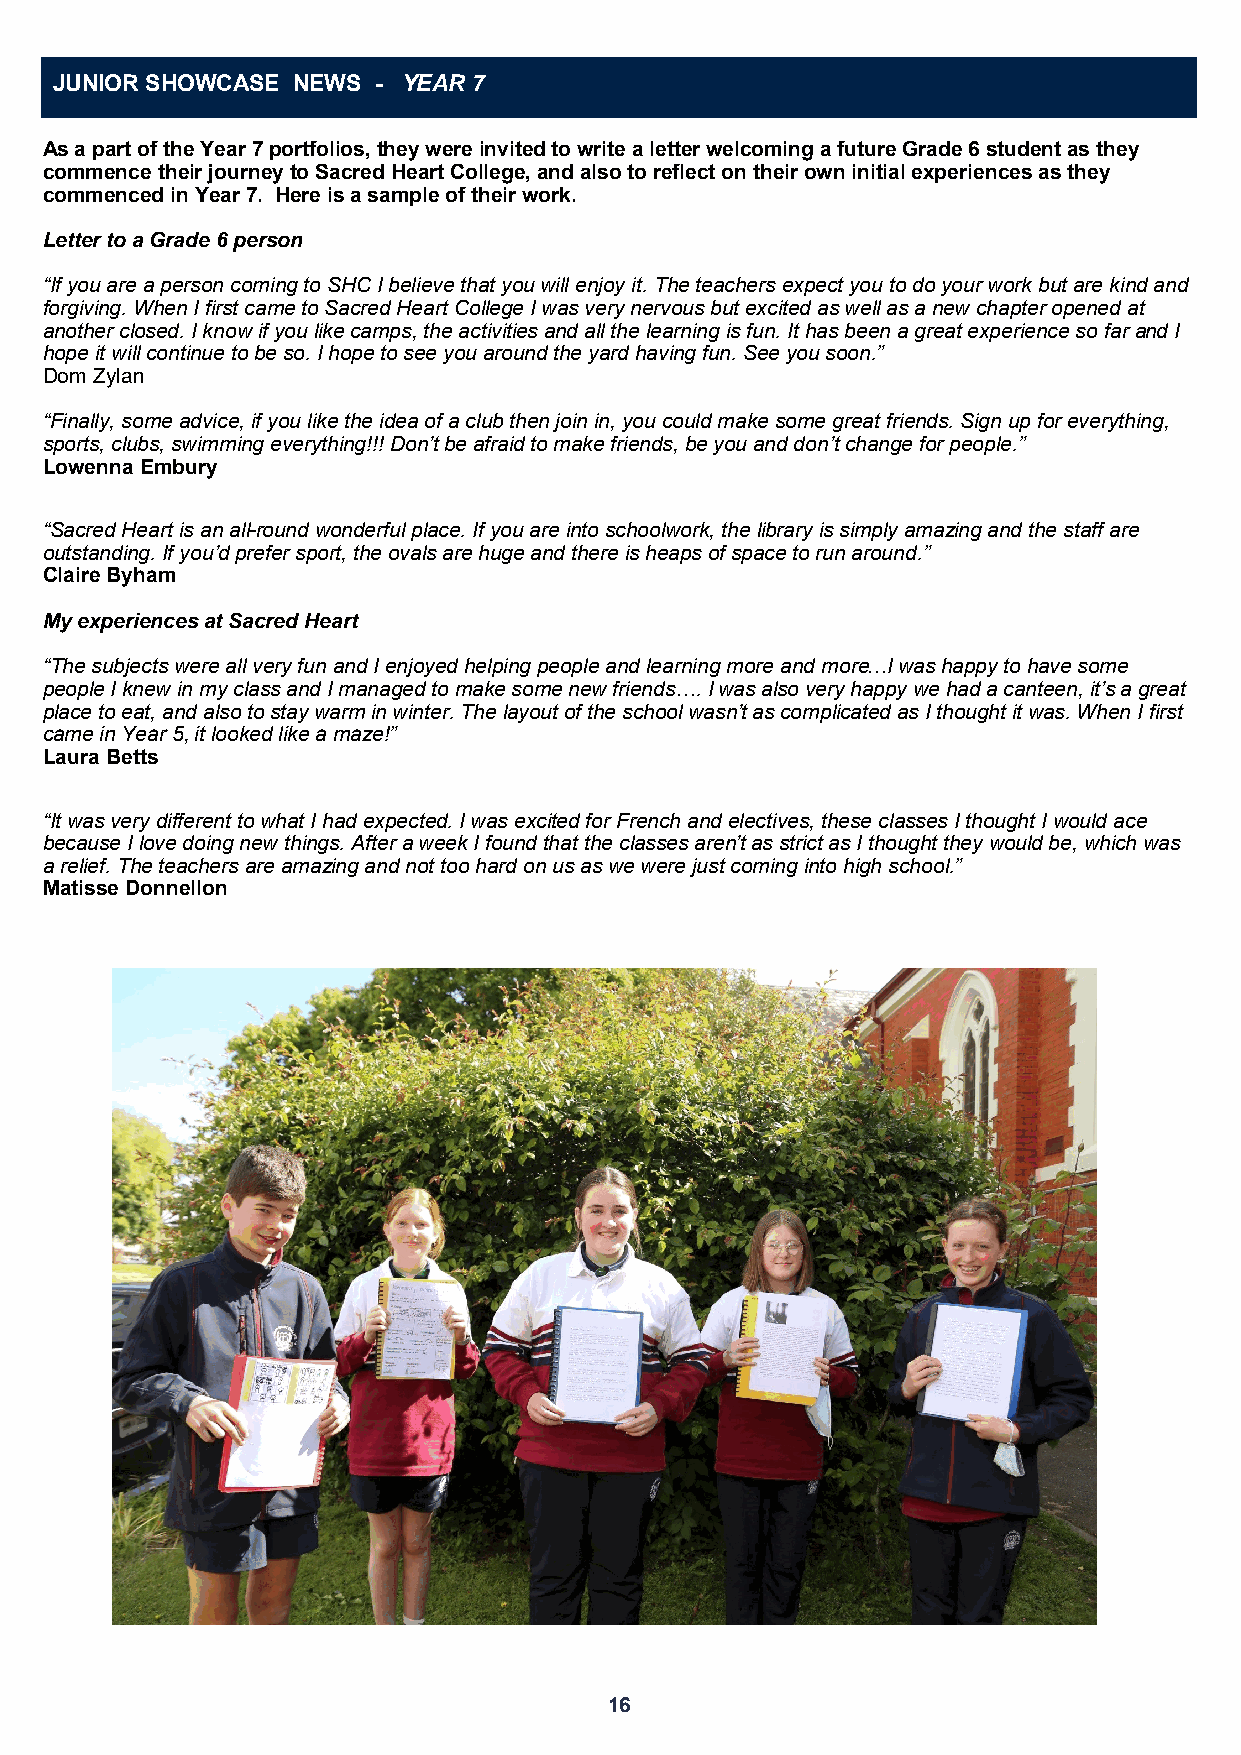
JUNIOR SHOWCASE NEWS  - YEAR 7
 As a part of the Year 7 portfolios, they were invited to write a letter welcoming a future Grade 6 student as they
 commence their journey to Sacred Heart College, and also to reflect on their own initial experiences as they
 commenced in Year 7. Here is a sample of their work.
 Letter to a Grade 6 person
 “If you are a person coming to SHC I believe that you will enjoy it. The teachers expect you to do your work but are kind and
 forgiving. When I first came to Sacred Heart College I was very nervous but excited as well as a new chapter opened at
 another closed. I know if you like camps, the activities and all the learning is fun. It has been a great experience so far and I
 hope it will continue to be so. I hope to see you around the yard having fun. See you soon.”
 Dom Zylan
 “Finally, some advice, if you like the idea of a club then join in, you could make some great friends. Sign up for everything,
 sports, clubs, swimming everything!!! Don’t be afraid to make friends, be you and don’t change for people.”
 Lowenna Embury
 “Sacred Heart is an all-round wonderful place. If you are into schoolwork, the library is simply amazing and the staff are
 outstanding. If you’d prefer sport, the ovals are huge and there is heaps of space to run around.”
 Claire Byham
 My experiences at Sacred Heart
 “The subjects were all very fun and I enjoyed helping people and learning more and more…I was happy to have some
 people I knew in my class and I managed to make some new friends…. I was also very happy we had a canteen, it’s a great
 place to eat, and also to stay warm in winter. The layout of the school wasn’t as complicated as I thought it was. When I first
 came in Year 5, it looked like a maze!”
 Laura Betts
 “It was very different to what I had expected. I was excited for French and electives, these classes I thought I would ace
 because I love doing new things. After a week I found that the classes aren’t as strict as I thought they would be, which was
 a relief. The teachers are amazing and not too hard on us as we were just coming into high school.”
 Matisse Donnellon
 16